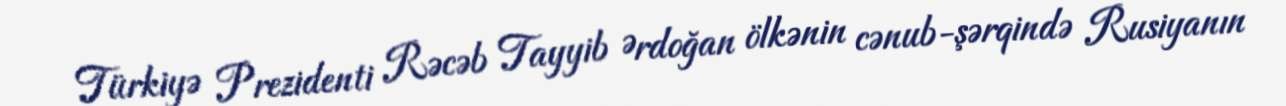
Türkiyə Prezidenti Rəcəb Tayyib Ərdoğan ölkənin cənub-şərqində Rusiyanın